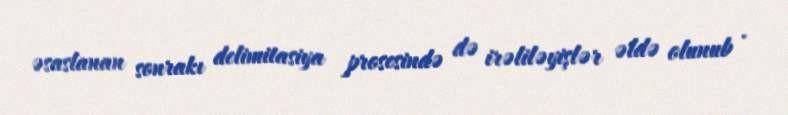
əsaslanan sonrakı delimitasiya prosesində də irəliləyişlər əldə olunub .